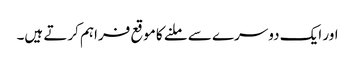
اور ایک دوسرے سے ملنے کا موقع فراہم کرتے ہیں۔